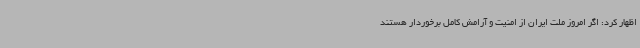
اظهار کرد: اگر امروز ملت ایران از امنیت و آرامش کامل برخوردار هستند